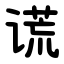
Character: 谎